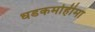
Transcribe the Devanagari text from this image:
धडकमोहीमा